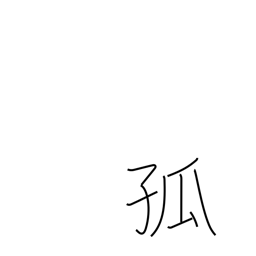
Meaning: alone